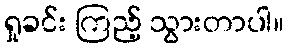
ရှုခင်း ကြည့် သွားတာပါ။